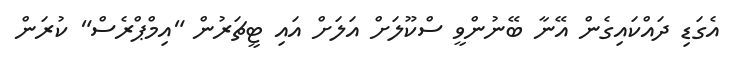
އެގަޑި ދައްކައިގެން އޭނާ ބޭނުންވީ ސްކޫލަށް އަލަށް އައި ޓީޗަރުން "އިމްޕްރެސް" ކުރަން